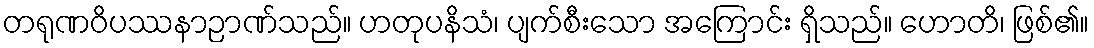
တရုဏဝိပဿနာဉာဏ်သည်။ ဟတုပနိသံ၊ ပျက်စီးသော အကြောင်း ရှိသည်။ ဟောတိ၊ ဖြစ်၏။